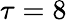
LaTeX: \tau=8